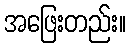
အဖြေးတည်း။